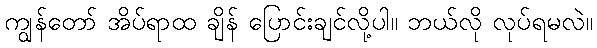
ကျွန်တော် အိပ်ရာထ ချိန် ပြောင်းချင်လို့ပါ။ ဘယ်လို လုပ်ရမလဲ။